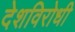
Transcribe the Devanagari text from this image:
देशविरोधी